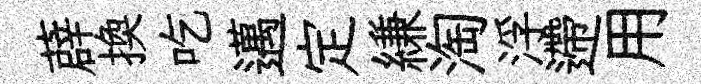
薜換吃邁定縑淘浮遰用